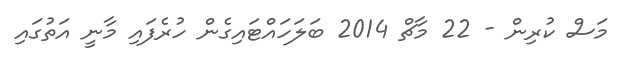
މަސް ކުރިން - 22 މާޗް 2014 ބަލަހައްޓައިގެން ހުރެފައި މާނީ އަތުގައި